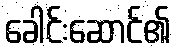
ခေါင်းဆောင်၏